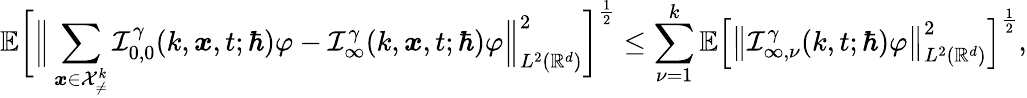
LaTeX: \mathbb{E}\bigg[\Big\lVert\sum_{\boldsymbol{x}\in\mathcal{X}_{\neq}^{k}}\mathcal{I}_{0,0}^{\gamma}(k,\boldsymbol{x},t;\hbar)\varphi-\mathcal{I}_{\infty}^{\gamma}(k,\boldsymbol{x},t;\hbar)\varphi\Big\rVert_{L^{2}(\mathbb{R}^{d})}^{2}\bigg]^{\frac{1}{2}}\leq\sum_{\nu=1}^{k}\mathbb{E}\Big[\big\lVert\mathcal{I}_{\infty,\nu}^{\gamma}(k,t;\hbar)\varphi\big\rVert_{L^{2}(\mathbb{R}^{d})}^{2}\Big]^{\frac{1}{2}},